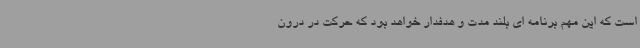
است که این مهم برنامه ای بلند مدت و هدفدار خواهد بود که حرکت در درون